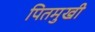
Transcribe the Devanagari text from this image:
पितमुखी